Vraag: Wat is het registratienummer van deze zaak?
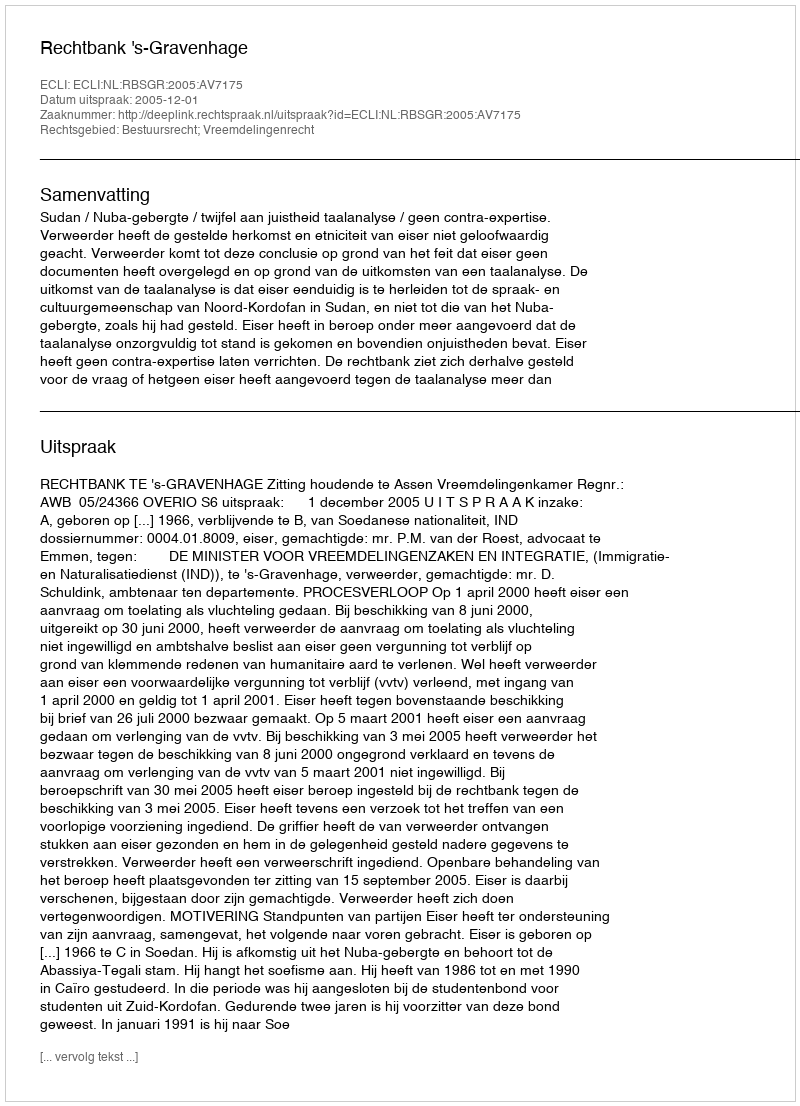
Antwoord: http://deeplink.rechtspraak.nl/uitspraak?id=ECLI:NL:RBSGR:2005:AV7175